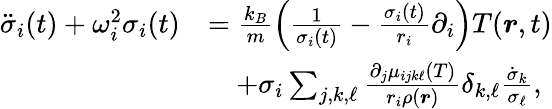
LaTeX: \begin{array}{rl}{\ddot{\sigma}_{i}(t)+\omega_{i}^{2}\sigma_{i}(t)}&{=\frac{k_{B}}{m}\left(\frac{1}{\sigma_{i}(t)}-\frac{\sigma_{i}(t)}{r_{i}}\partial_{i}\right)T(\boldsymbol{r},t)}\\ &{\quad+\sigma_{i}\sum_{j,k,\ell}\frac{\partial_{j}\mu_{ijk\ell}(T)}{r_{i}\rho(\boldsymbol{r})}\delta_{k,\ell}\frac{\dot{\sigma}_{k}}{\sigma_{\ell}},}\end{array}